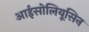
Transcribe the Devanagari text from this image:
आईसोलियूसिन